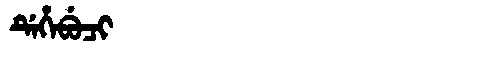
Manchu: ᡩᡝᡥᡝᠪᡠᠴᡳ
Romanization: DEHEBUCI